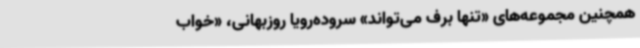
همچنین مجموعه‌های «تنها برف می‌تواند» سروده‌رویا روزبهانی، «خواب